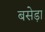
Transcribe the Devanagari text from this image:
बसेड़ा